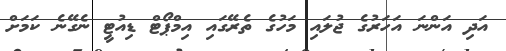
އަދި އަންނަ އަހަރުގެ ޖުލައި މަހުގެ ތެރޭގައި އިމްޕޯޓް ޑިއުޓީ ނެގޭނެ ކަމަށް